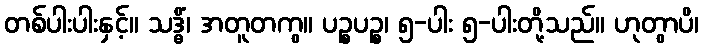
တစ်ပါးပါးနှင့်။ သဒ္ဓိံ၊ အတူတကွ။ ပဉ္စပဉ္စ၊ ၅-ပါး ၅-ပါးတို့သည်။ ဟုတွာပိ၊